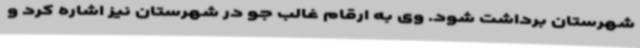
شهرستان برداشت شود. وی به ارقام غالب جو در شهرستان نیز اشاره کرد و